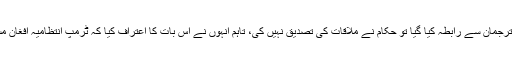
جب اس حوالے سے امریکا کے اسٹیٹ ڈپارٹمنٹ کے ترجمان سے رابطہ کیا گیا تو حکام نے ملاقات کی تصدیق نہیں کی، تاہم انہوں نے اس بات کا اعتراف کیا کہ ٹرمپ انتظامیہ افغان مسئلے کو جلد از جلد حل کرنے کی کوشش کر رہی ہے۔